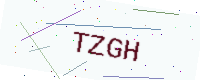
Text: TZGH